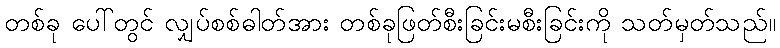
တစ်ခု ပေါ်တွင် လျှပ်စစ်ဓါတ်အား တစ်ခုဖြတ်စီးခြင်းမစီးခြင်းကို သတ်မှတ်သည်။